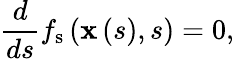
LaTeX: \frac{d}{ds}f_{\mathrm{s}}\left(\mathbf{x}\left(s\right),s\right)=0,